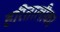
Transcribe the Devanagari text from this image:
हरितालीका